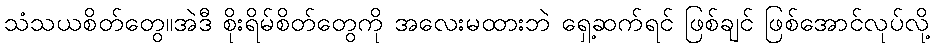
သံသယစိတ်တွေ။အဲဒီ စိုးရိမ်စိတ်တွေကို အလေးမထားဘဲ ရှေ့ဆက်ရင် ဖြစ်ချင် ဖြစ်အောင်လုပ်လို့